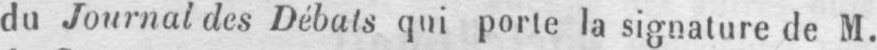
du Journal des Débats qui porte la signature de M.